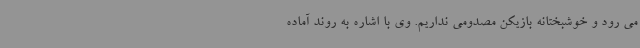
می رود و خوشبختانه بازیکن مصدومی نداریم. وی با اشاره به روند آماده